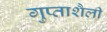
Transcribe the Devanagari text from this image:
गुप्ताशैली